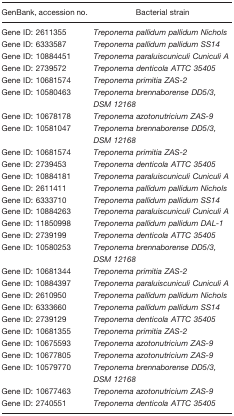
<table><thead><tr><td><b>GenBank, accession no.</b></td><td><b>Bacterial strain</b></td></tr></thead><tbody><tr><td>Gene ID: 2611355</td><td><i>Treponema pallidum pallidum Nichols</i></td></tr><tr><td>Gene ID: 6333587</td><td><i>Treponema pallidum pallidum SS14</i></td></tr><tr><td>Gene ID: 10884451</td><td><i>Treponema paraluiscuniculi Cuniculi A</i></td></tr><tr><td>Gene ID: 2739572</td><td><i>Treponema denticola ATTC 35405</i></td></tr><tr><td>Gene ID:10681574</td><td><i>Treponema primitia ZAS-2</i></td></tr><tr><td>Gene ID: 10580463</td><td><i>Treponema brennaborense DD5/3, DSM 12168</i></td></tr><tr><td>Gene ID: 10678178</td><td><i>Treponema azotonutricium ZAS-9</i></td></tr><tr><td>Gene ID: 10581047</td><td><i>Treponema brennaborense DD5/3, DSM 12168</i></td></tr><tr><td>Gene ID: 10681574</td><td><i>Treponema primitia ZAS-2</i></td></tr><tr><td>Gene ID: 2739453</td><td><i>Treponema denticola ATTC 35405</i></td></tr><tr><td>Gene ID:10884181</td><td><i>Treponema paraluiscuniculi Cuniculi A</i></td></tr><tr><td>Gene ID: 2611411</td><td><i>Treponema pallidum pallidum Nichols</i></td></tr><tr><td>Gene ID: 6333710</td><td><i>Treponema pallidum pallidum SS14</i></td></tr><tr><td>Gene ID: 10884263</td><td><i>Treponema paraluiscuniculi Cuniculi A</i></td></tr><tr><td>Gene ID: 11850998</td><td><i>Treponema pallidum pallidum DAL-1</i></td></tr><tr><td>Gene ID: 2739199</td><td><i>Treponema denticola ATTC 35405</i></td></tr><tr><td>Gene ID: 10580253</td><td><i>Treponema brennaborense DD5/3, DSM 12168</i></td></tr><tr><td>Gene ID: 10681344</td><td><i>Treponema primitia ZAS-2</i></td></tr><tr><td>Gene ID: 10884397</td><td><i>Treponema paraluiscuniculi Cuniculi A</i></td></tr><tr><td>Gene ID: 2610950</td><td><i>Treponema pallidum pallidum Nichols</i></td></tr><tr><td>Gene ID: 6333660</td><td><i>Treponema pallidum pallidum SS14</i></td></tr><tr><td>Gene ID: 2739129</td><td><i>Treponema denticola ATTC 35405</i></td></tr><tr><td>Gene ID: 10681355</td><td><i>Treponema primitia ZAS-2</i></td></tr><tr><td>Gene ID: 10675593</td><td><i>Treponema azotonutricium ZAS-9</i></td></tr><tr><td>Gene ID: 10677805</td><td><i>Treponema azotonutricium ZAS-9</i></td></tr><tr><td>Gene ID: 10579770</td><td><i>Treponema brennaborense DD5/3, DSM 12168</i></td></tr><tr><td>Gene ID: 10677463</td><td><i>Treponema azotonutricium ZAS-9</i></td></tr><tr><td>Gene ID: 2740551</td><td><i>Treponema denticola ATTC 35405</i></td></tr></tbody></table>